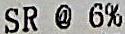
SR @ 6%